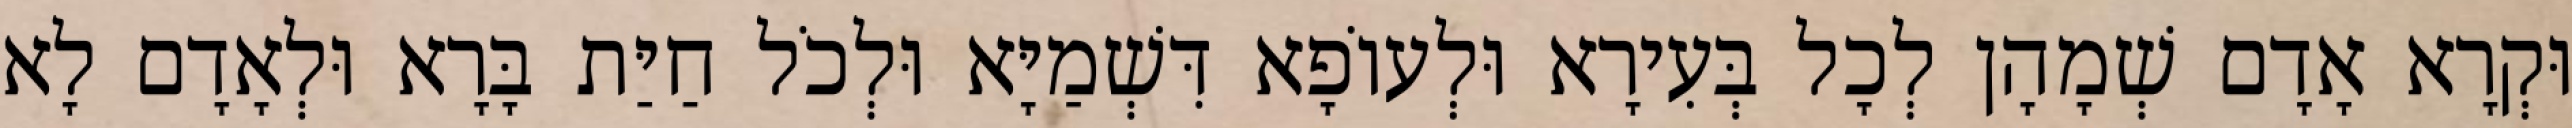
וּקְרָא אָדָם שְׁמָהָן לְכָל בְּעִירָא וּלְעוֹפָא דִּשְׁמַיָּא וּלְכֹל חַיַּת בָּרָא וּלְאָדָם לָא